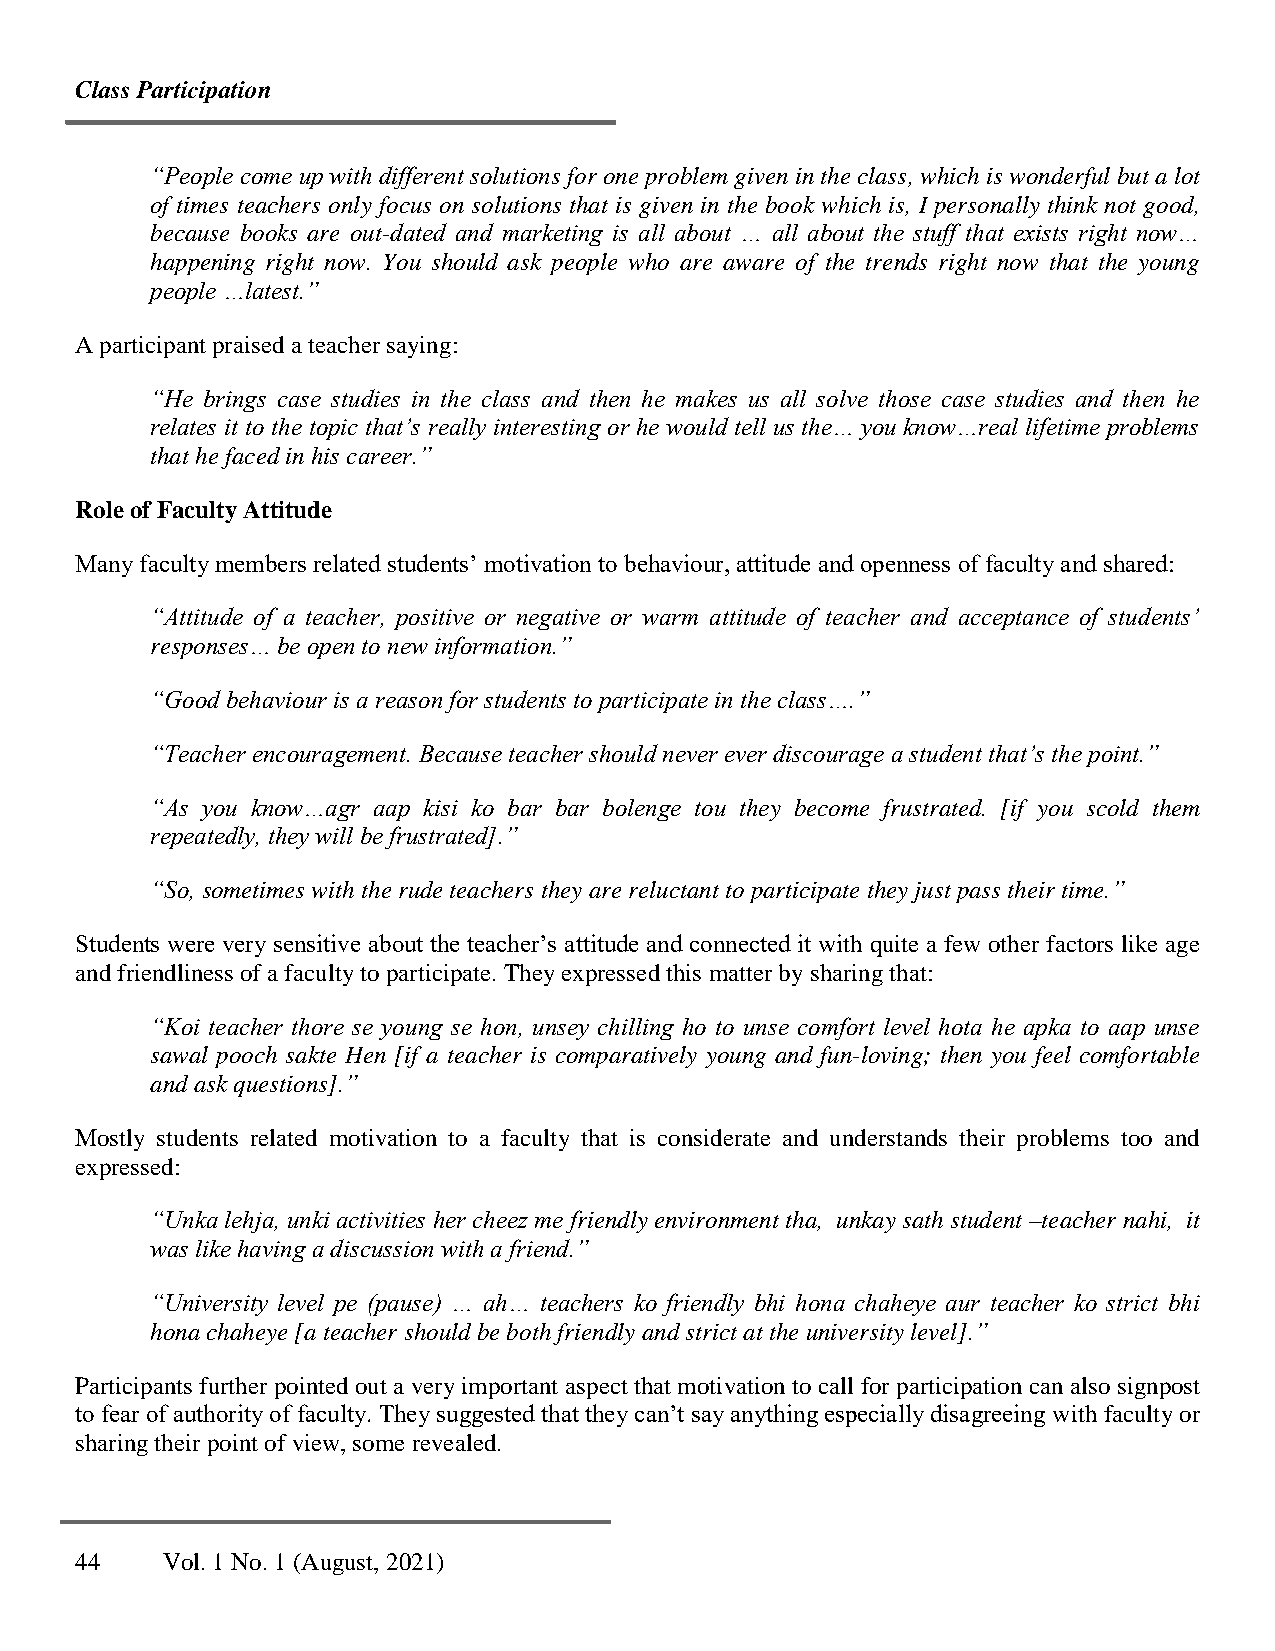
Class Participation
 “People come up with different solutions for one problem given in the class, which is wonderful but a lot
 of times teachers only focus on solutions that is given in the book which is, I personally think not good,
 because books are out-dated and marketing is all about … all about the stuff that exists right now…
 happening right now. You should ask people who are aware of the trends right now that the young
 people …latest.”
 A participant praised a teacher saying:
 “He brings case studies in the class and then he makes us all solve those case studies and then he
 relates it to the topic that’s really interesting or he would tell us the… you know…real lifetime problems
 that he faced in his career.”
 Role of Faculty Attitude
 Many faculty members related students’ motivation to behaviour, attitude and openness of faculty and shared:
 “Attitude of a teacher, positive or negative or warm attitude of teacher and acceptance of students’
 responses… be open to new information.”
 “Good behaviour is a reason for students to participate in the class….”
 “Teacher encouragement. Because teacher should never ever discourage a student that’s the point.”
 “As you know…agr aap kisi ko bar bar bolenge tou they become frustrated. [if you scold them
 repeatedly, they will be frustrated].”
 “So, sometimes with the rude teachers they are reluctant to participate they just pass their time.”
 Students were very sensitive about the teacher’s attitude and connected it with quite a few other factors like age
 and friendliness of a faculty to participate. They expressed this matter by sharing that:
 “Koi teacher thore se young se hon, unsey chilling ho to unse comfort level hota he apka to aap unse
 sawal pooch sakte Hen [if a teacher is comparatively young and fun-loving; then you feel comfortable
 and ask questions].”
 Mostly students related motivation to a faculty that is considerate and understands their problems too and
 expressed:
 “Unka lehja, unki activities her cheez me friendly environment tha, unkay sath student –teacher nahi, it
 was like having a discussion with a friend.”
 “University level pe (pause) … ah… teachers ko friendly bhi hona chaheye aur teacher ko strict bhi
 hona chaheye [a teacher should be both friendly and strict at the university level].”
 Participants further pointed out a very important aspect that motivation to call for participation can also signpost
 to fear of authority of faculty. They suggested that they can’t say anything especially disagreeing with faculty or
 sharing their point of view, some revealed.
 44    Vol. 1 No. 1 (August, 2021)